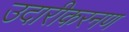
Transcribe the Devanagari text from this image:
उदारीकरनण